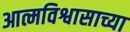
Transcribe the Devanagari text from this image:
आत्मविश्वासाच्या